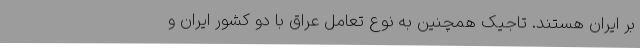
بر ایران هستند. تاجیک همچنین به نوع تعامل عراق با دو کشور ایران و